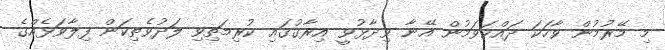
މި މޭރުމުން ވާހަކަ ދައްކަވަމުން އޭނާ ވިދާޅުވީ އިރާގުގައި ކުރިމަތިވި ލަދުވެތިކަން ފިލާވަޅެއްގެ